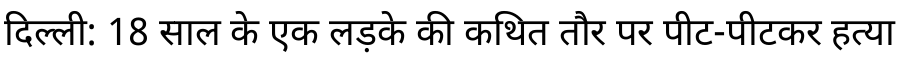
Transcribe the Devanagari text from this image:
दिल्ली: 18 साल के एक लड़के की कथित तौर पर पीट-पीटकर हत्या